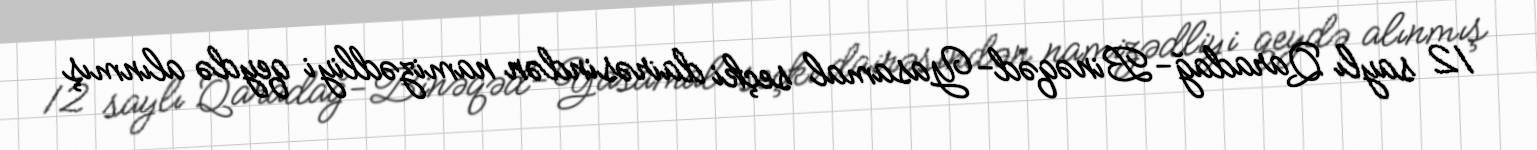
12 saylı Qaradağ-Binəqəd-Yasamal seçki dairəsindən namizədliyi qeydə alınmış